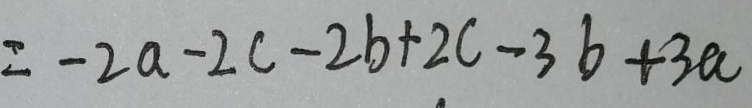
= - 2 a - 2 c - 2 b + 2 c - 3 b + 3 a